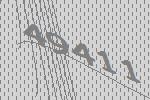
49411